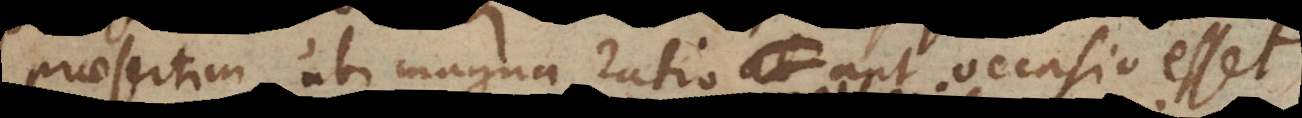
praesertim ubi magna ratio aut occasio esset;